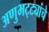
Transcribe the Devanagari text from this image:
अणुभट्ट्यांचे